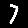
Digit: 7